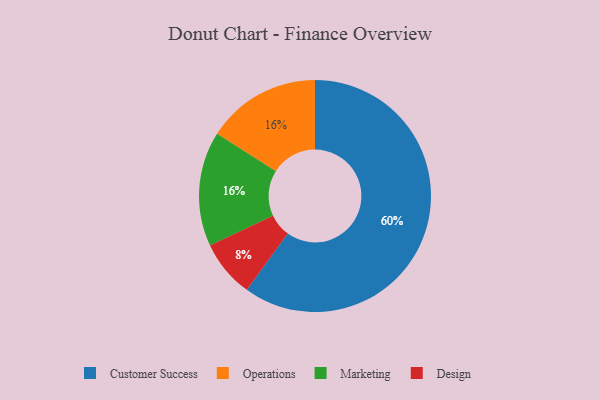
{"axis": {"x": "Category", "y": "Percentage"}, "legend": ["Customer Success", "Design", "Marketing", "Operations"], "data": [{"x": "Customer Success", "y": 60, "type": "Customer Success"}, {"x": "Operations", "y": 16, "type": "Operations"}, {"x": "Marketing", "y": 16, "type": "Marketing"}, {"x": "Design", "y": 8, "type": "Design"}]}